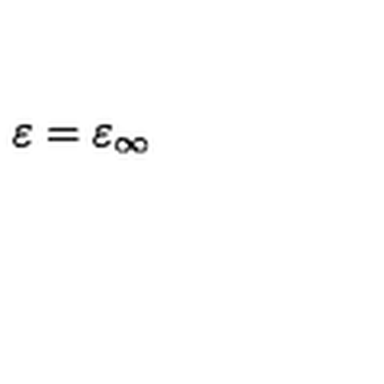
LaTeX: \varepsilon = \varepsilon _ { \infty }